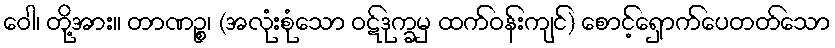
ဝေါ၊ တို့အား။ တာဏဉ္စ၊ (အလုံးစုံသော ဝဋ်ဒုက္ခမှ ထက်ဝန်းကျင်) စောင့်ရှောက်ပေတတ်သော